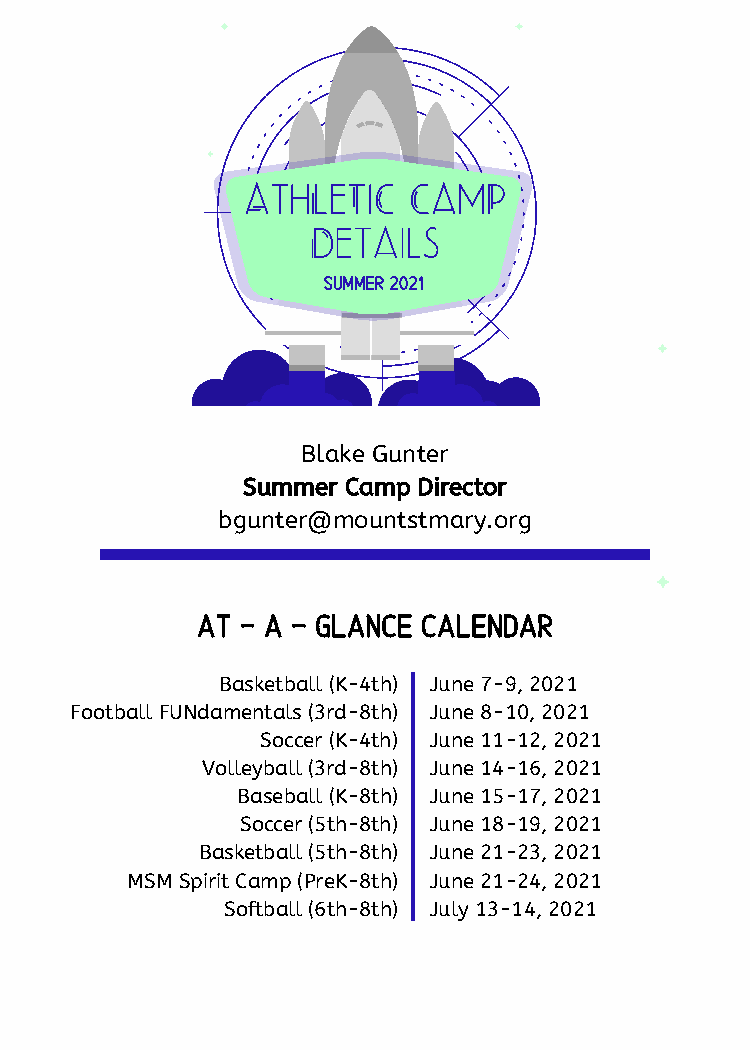
AthLeTiC   CamP
 Details
 Summer 2021
 Blake Gunter
 Summer Camp Director
 bgunter@mountstmary.org
 at - a - glance calendar
 Basketball (K-4th) June 7-9, 2021
 Football FUNdamentals (3rd-8th) June 8-10, 2021
 Soccer (K-4th) June 11-12, 2021
 Volleyball (3rd-8th) June 14-16, 2021
 Baseball (K-8th) June 15-17, 2021
 Soccer (5th-8th) June 18-19, 2021
 Basketball (5th-8th) June 21-23, 2021
 MSM Spirit Camp (PreK-8th) June 21-24, 2021
 Softball (6th-8th) July 13-14, 2021